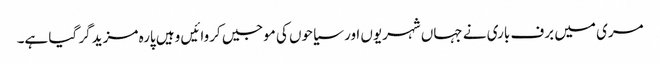
مری میں برف باری نے جہاں شہریوں اور سیاحوں کی موجیں کروائیں وہیں پارہ مزید گر گیا ہے۔